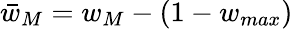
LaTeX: \bar{w}_{M}=w_{M}-(1-w_{max})